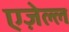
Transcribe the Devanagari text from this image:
एज़ेल्ल